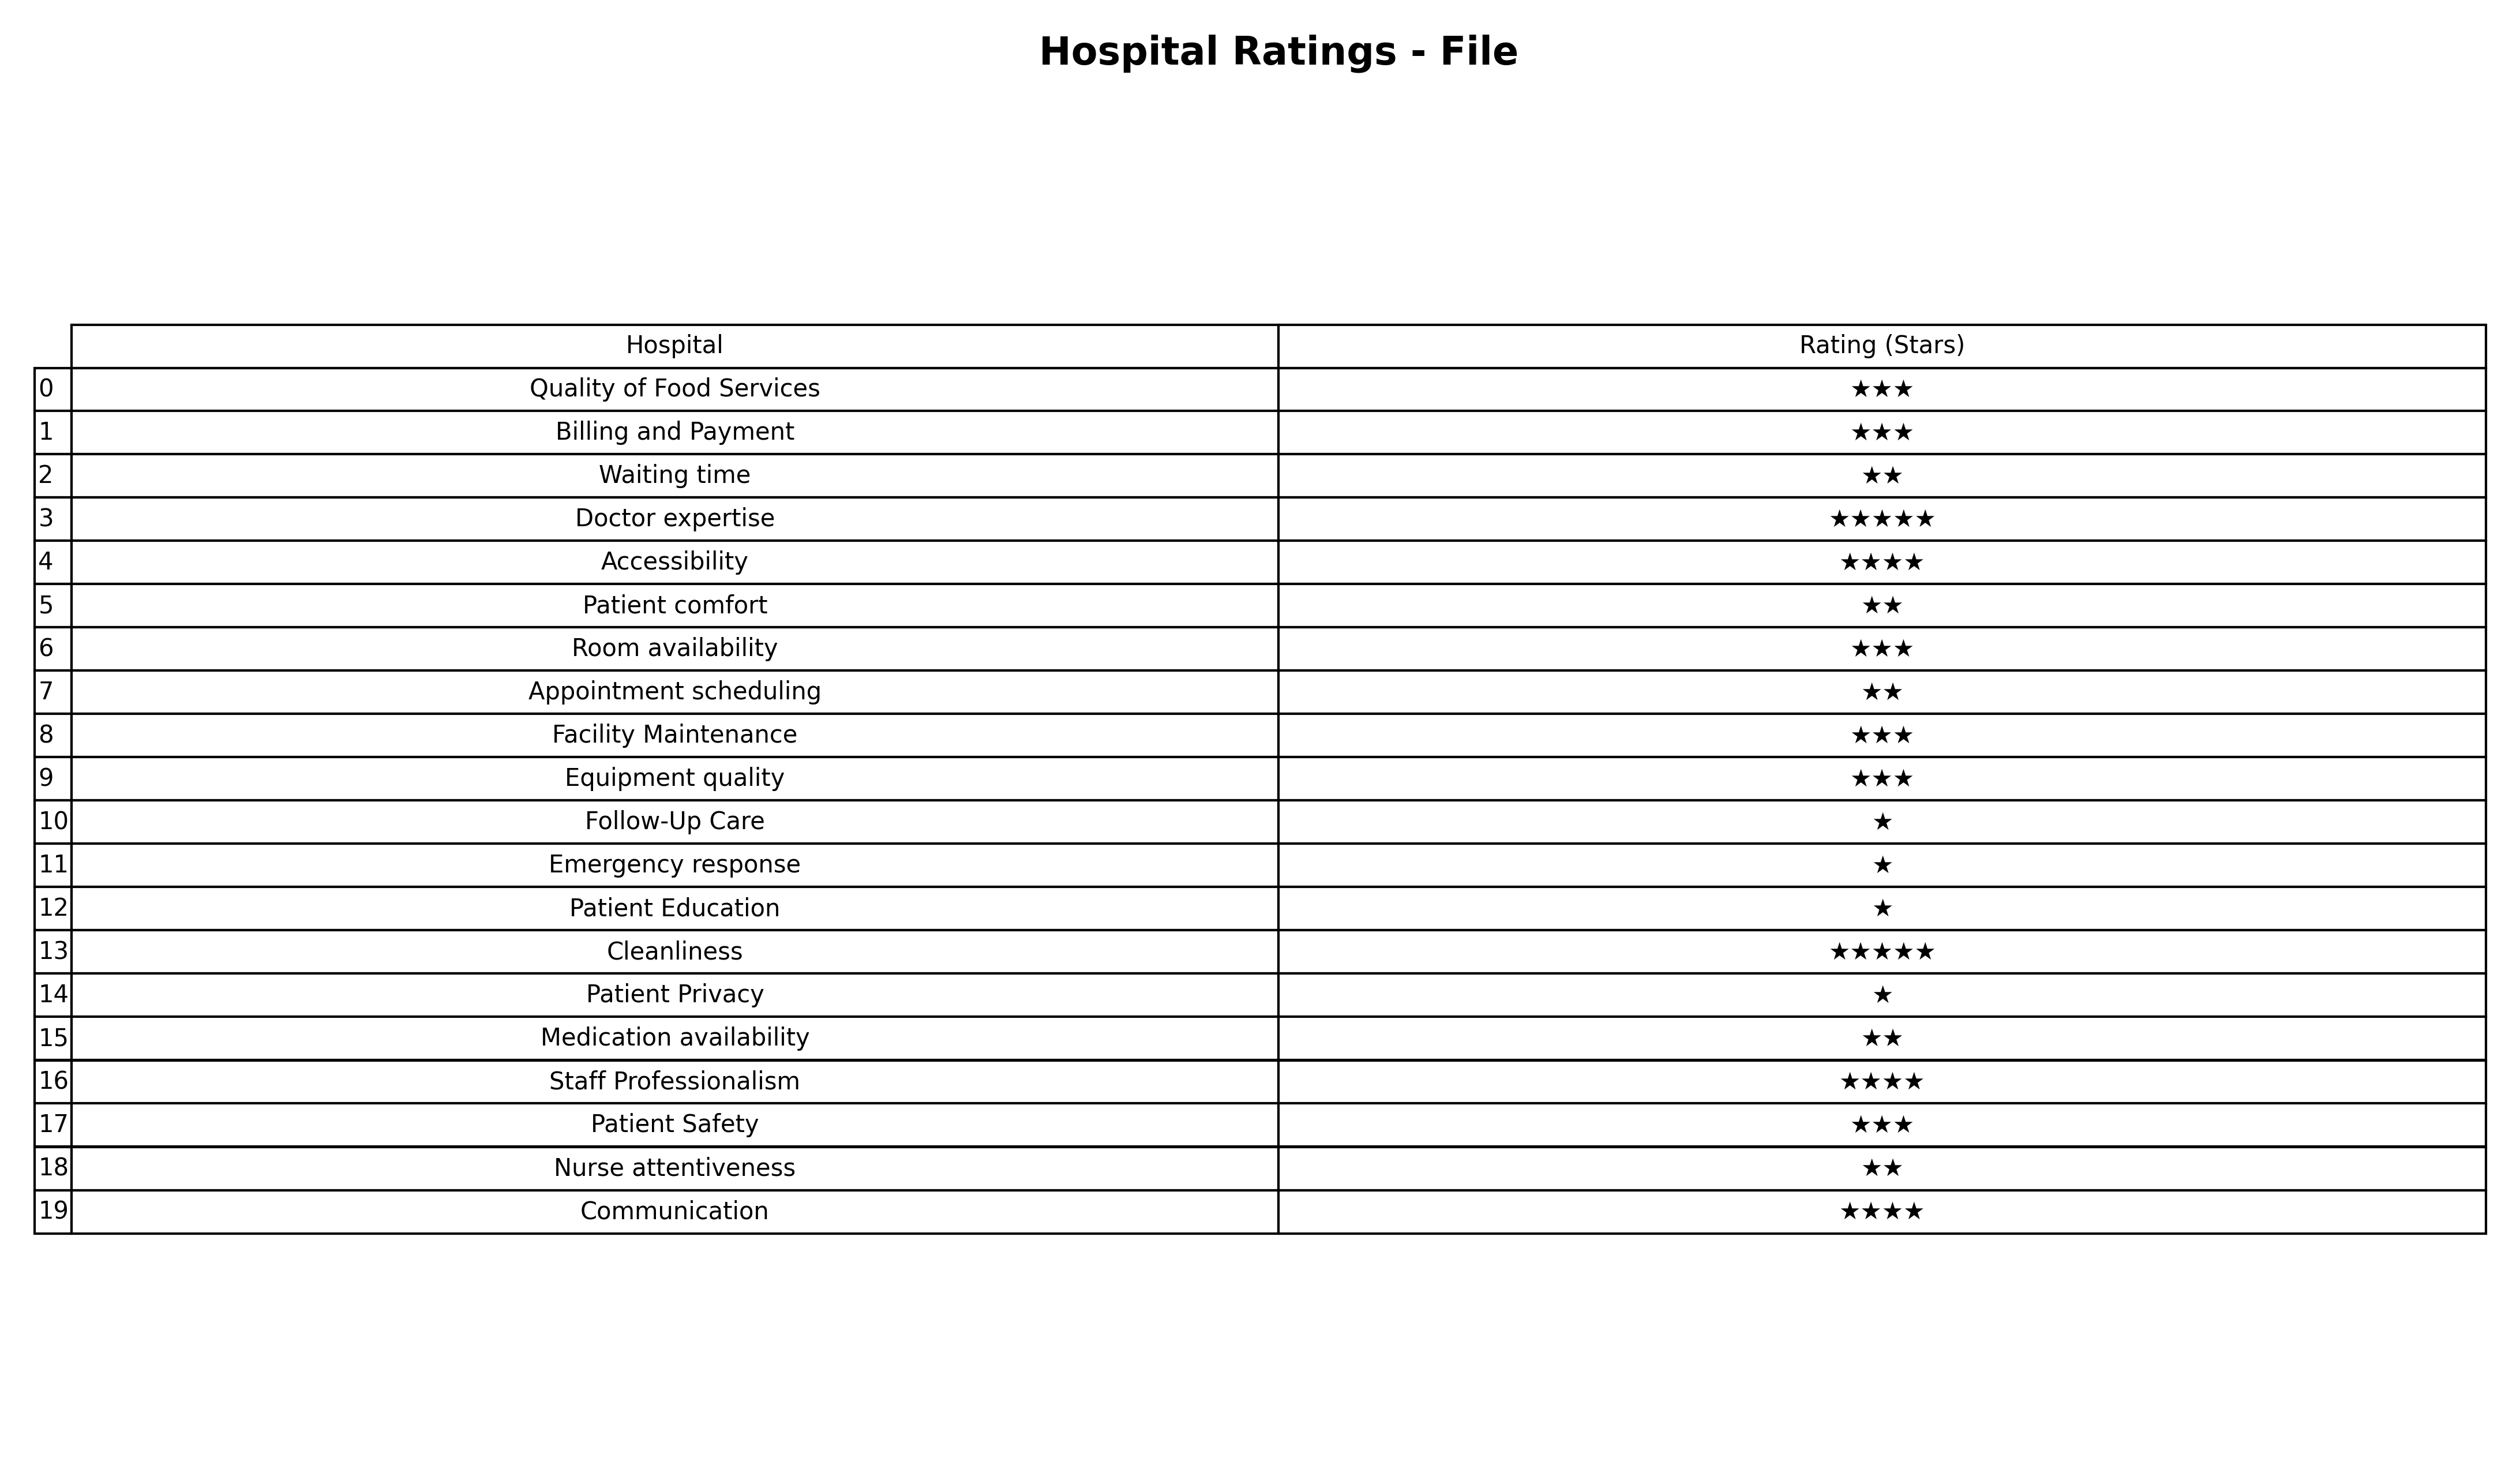
question: What is the rating of Patient Safety?
answer: ★★★